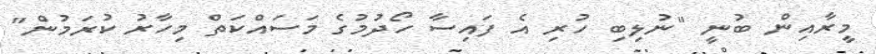
މީރާއިން ބުނީ "ނުލިބި ހުރި އެ ފައިސާ ހޯދުމުގެ މަސައްކަތް މިހާރު ކުރަމުން"